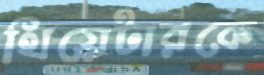
থিয়েটারকে